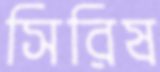
সিরিষ